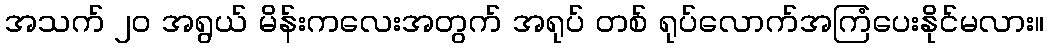
အသက် ၂၀ အရွယ် မိန်းကလေးအတွက် အရုပ် တစ် ရုပ်လောက်အကြံပေးနိုင်မလား။